Report on plague in the Punjab from October 1st ... to September 30th ..., being the ... season of plague in the province
Disease focus: Plague
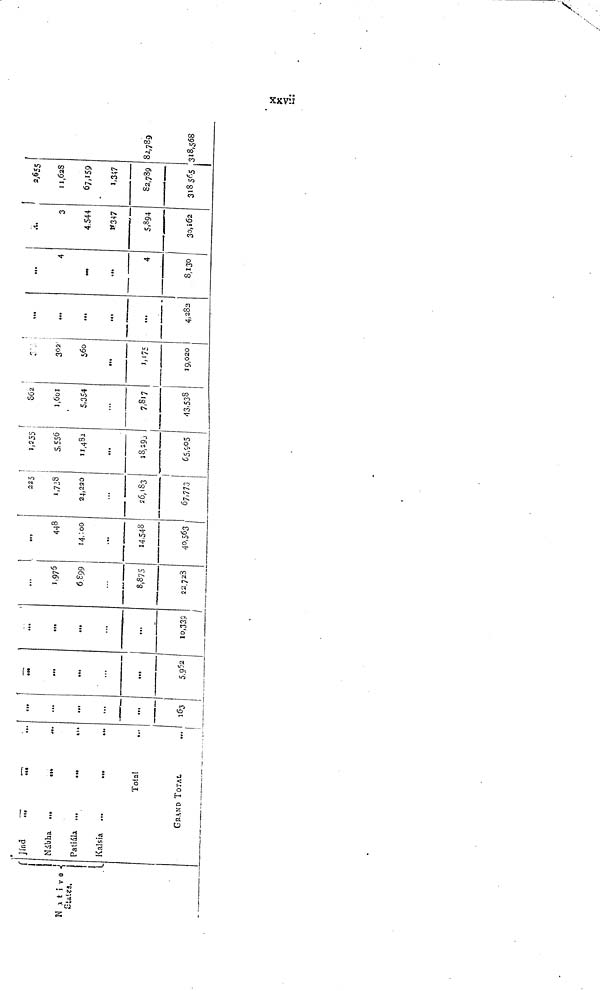
Native
States.
J índ
Nábha
Patiála
Kalsia
...
...
...
•«»
• 14
• M
...
Total
GRAND TOTAL
...
tu
...
...
¡
...
...
...
...
163
.0»
...
...
...
5,952
...
.,.
...
...
10,339
/
...
1,975
6899
8,875
22,723
448
14,: 00
...
14,543
40,563
225
1,738
24,220
...
26,183
67,77.3
1,225
5,556
11,482
...
18,293
65,905
862
1,601
5,354
7,817
43,538
302
560
...
1,175
19,020
,..
...
...
...
...
4,282
...
4
m
...
4
8,130
.
3
4.544
1.347
5,894
30,162
2,655
11,628
67,159
1,347
82,789
318 565
82,789
318,568